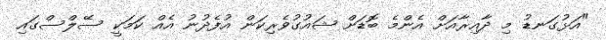
"އަޅުގަނޑު މި ދާއިރާއަށް އެންމެ ބޮޑަށް ޝައުގުވެރިކަން އުފެދުނު އެއް ކަމަކީ ސޭލްސްގައި